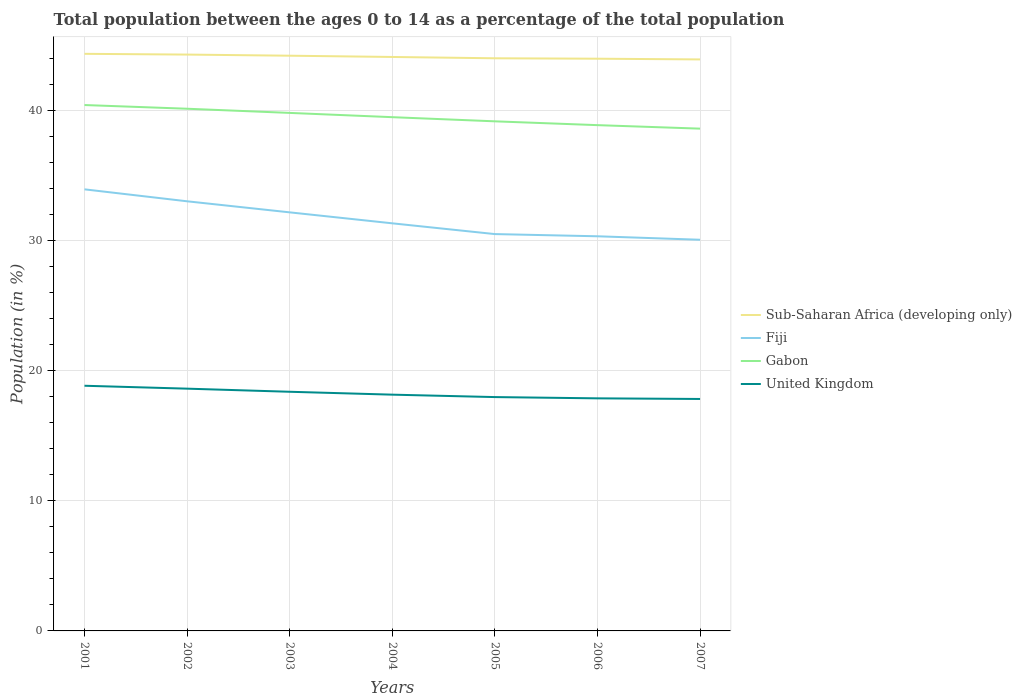
| Years | Sub-Saharan Africa (developing only) | Fiji | Gabon | United Kingdom |
 | --- | --- | --- | --- | --- |
 | 2001 | 44.4 | 34 | 40.5 | 18.9 |
 | 2002 | 44.3 | 33.1 | 40.2 | 18.6 |
 | 2003 | 44.3 | 32.2 | 39.9 | 18.4 |
 | 2004 | 44.2 | 31.4 | 39.5 | 18.2 |
 | 2005 | 44.1 | 30.5 | 39.2 | 18 |
 | 2006 | 44 | 30.4 | 38.9 | 17.9 |
 | 2007 | 44 | 30.1 | 38.6 | 17.8 |